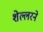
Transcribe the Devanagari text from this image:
शेल्लरने